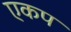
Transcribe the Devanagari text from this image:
एकप